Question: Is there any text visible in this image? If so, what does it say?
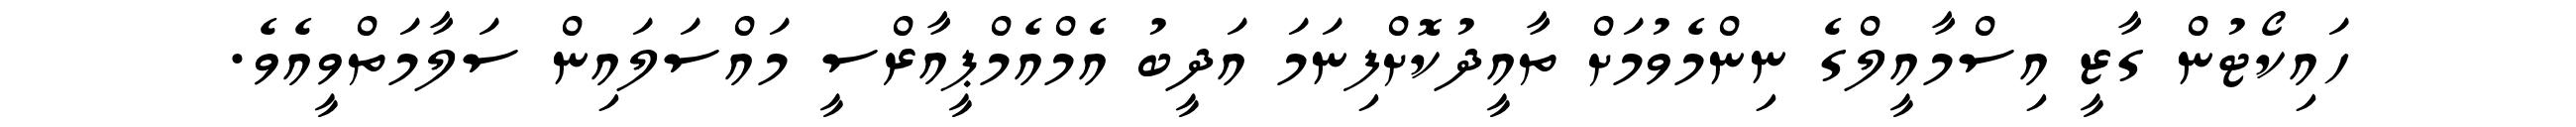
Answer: ހައިކޯޓުން ގާޒީ އިސްމާއީލްގެ ނިންމެވުމަށް ތާއީދުކޮށްފިނަމަ އަދީބު އެމްއެމްޕީއާރްސީ މައްސަލައިން ސަލާމަތްވީއެވެ.